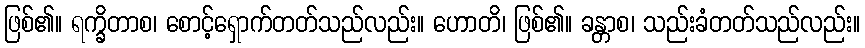
ဖြစ်၏။ ရက္ခိတာစ၊ စောင့်ရှောက်တတ်သည်လည်း။ ဟောတိ၊ ဖြစ်၏။ ခန္တာစ၊ သည်းခံတတ်သည်လည်း။